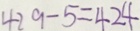
4 2 9 - 5 = 4 2 4